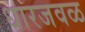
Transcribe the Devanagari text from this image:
धारजवळ